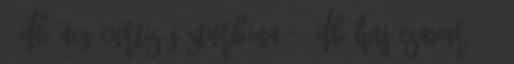
4 db AEG Curtis gőzturbina, 2 db hajócsavar, 27